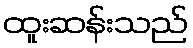
ထူးဆန်းသည်